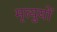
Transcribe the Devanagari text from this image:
मृत्युयों